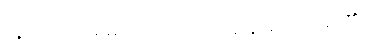
လူမှုထုံးတမ်းများကိုလည်းသိရှိ နားလည်နိုင်၏။